Madras plague regulations and rules for the inspection of inward and outward bound vessels - Volume 2
Disease focus: Plague
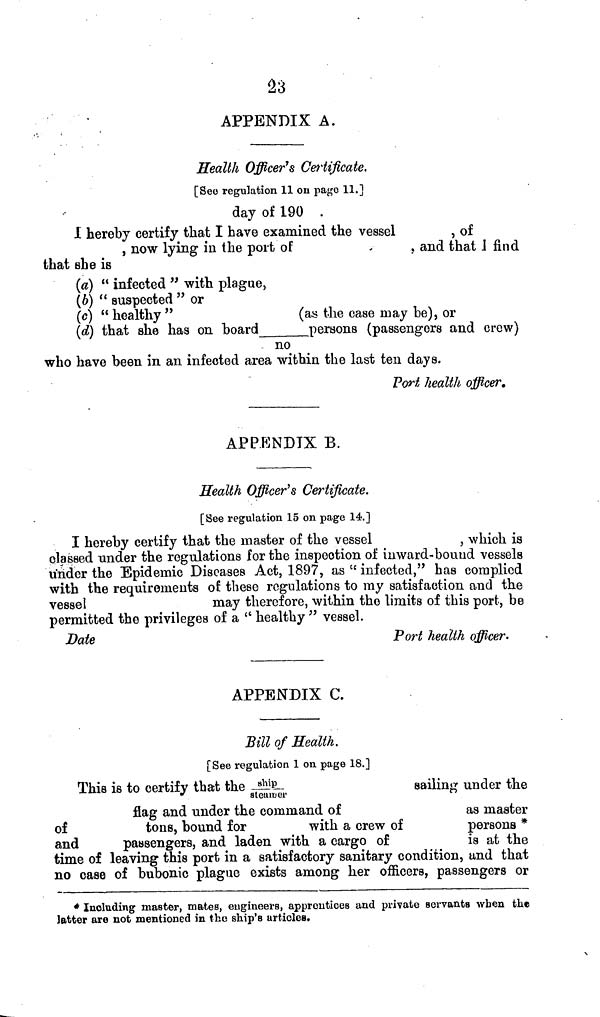
23
APPENDIX A.
Health Officer's Certificate.
[See regulation 11 on page 11.]
day of 190
I hereby certify that I have examined the vessel
, of
, now lying in the port of
,
, and that 1 find
that she is
(a) " infected " with plague,
(b) " suspected " or
(c) " healthy "
(as the case may be), or
(d) that she has on board
persons (passengers and crew)
- no
who have been in an infected area within the last ten days.
Port health officer.
APPENDIX B.
Health Officer's Certificate.
[See regulation 15 on page 14.]
I hereby certify that the master of the vessel
,
which is
classed under the regulations for the inspection of inward-bound vessels
under the Epidemic Diseases Act, 1897, as " infected," has complied
with the requirements of these regulations to my satisfaction and the
vessel
may therefore, within the limits of this port, be
permitted the privileges of a " healthy " vessel.
Date
Port health officer.
APPENDIX C.
Sill of Health.
[See regulation 1 on page 18.]
This is to certify that the
ship/steamer
sailing under the
flag and under the command of
as master
of
tons, bound for
with a crew of
persons *
and
passengers, and laden with a cargo of
is at the
time of leaving this port in a satisfactory sanitary condition, and that
no case of bubonic plague exists among her officers, passengers or
* Including master, mates, engineers, apprentices and private servants when the
latter are not mentioned in the ship's articles.